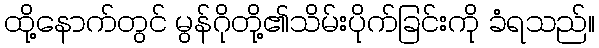
ထို့နောက်တွင် မွန်ဂိုတို့၏သိမ်းပိုက်ခြင်းကို ခံရသည်။